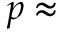
p \approx